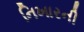
નિખારની